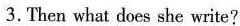
3.Then what does she write?